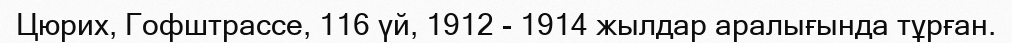
Цюрих, Гофштрассе, 116 үй, 1912 - 1914 жылдар аралығында тұрған.